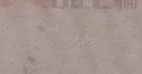
محل بيع الأجهزة الإلكترون